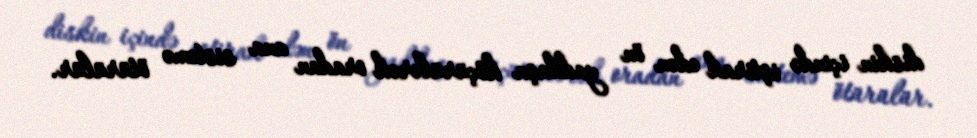
diskin içində iştirak edən ön yaddaşa köçürülərək oradan ana sistemə ötürülür.